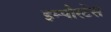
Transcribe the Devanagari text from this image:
इम्पौरटेंस